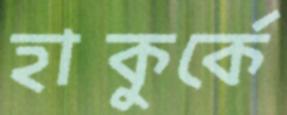
হাকুর্কে